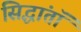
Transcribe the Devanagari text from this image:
सिद्धांतॉ